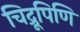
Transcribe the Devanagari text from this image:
चिद्रूपिणि